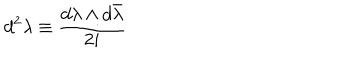
d ^ { 2 } \lambda \equiv \frac { d \lambda \wedge d \bar { \lambda } } { 2 i }